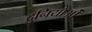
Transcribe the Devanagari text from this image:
दुनियाँओं